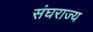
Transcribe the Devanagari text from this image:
संघराज्‍य